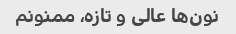
نون‌ها عالی و تازه، ممنونم